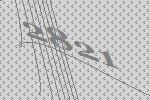
2821